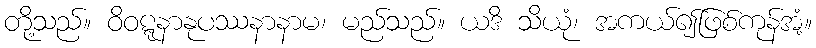
တို့သည်။ ဝိဝဋ္ဋနာနုပဿနာနာမ၊ မည်သည်။ ယဒိ သိယုံ၊ အကယ်၍ဖြစ်ကုန်အံ့။